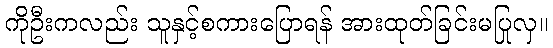
ကိုဦးကလည်း သူနှင့်စကားပြောရန် အားထုတ်ခြင်းမပြုလှ။